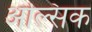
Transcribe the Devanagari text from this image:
अल्सिक